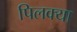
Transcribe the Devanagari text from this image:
पिलक्या